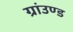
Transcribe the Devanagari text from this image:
ग्रांउण्ड